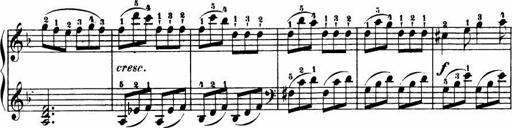
Title: Le bouquetier
Composer: Anton Diabelli
Key: G major
 C major
 F major
 C major